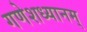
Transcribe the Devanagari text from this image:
गणेशध्यानम्